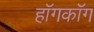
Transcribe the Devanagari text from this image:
हॉगकॉग